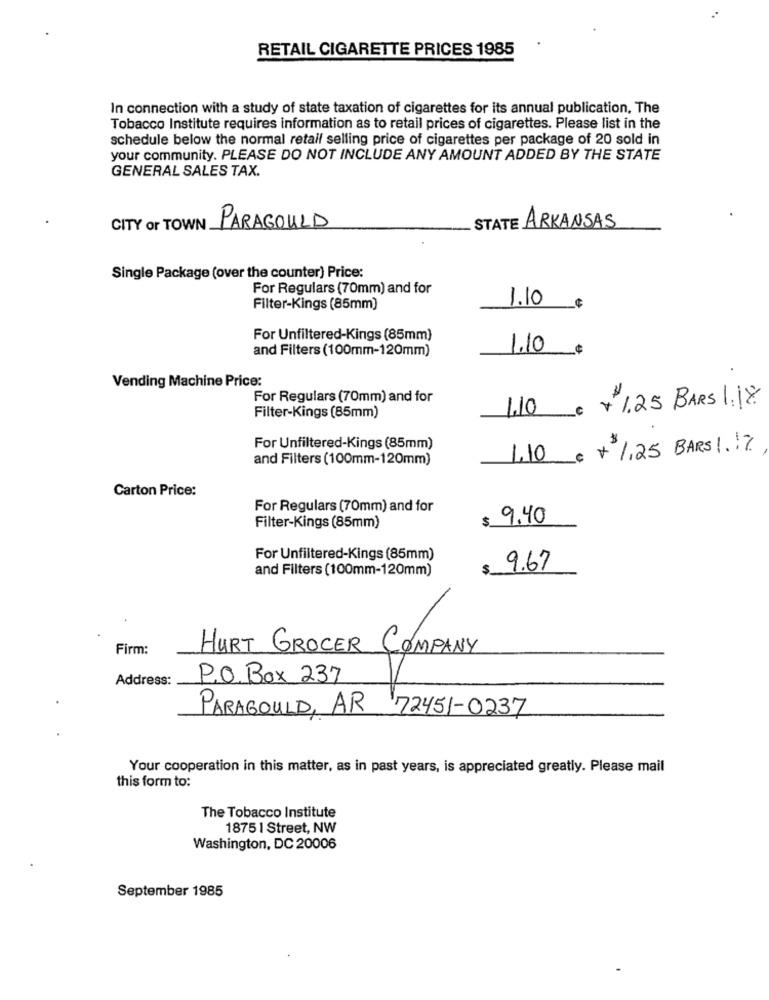
RETAIL CIGARETTE PRICES 1985
In connection with a study of state taxation of cigarettes for its annual publication, The
Tobacco Institute requires information as to retail prices of cigarettes. Please list in the
schedule below the normal retail selling price of cigarettes per package of 20 sold in
your community. PLEASE DO NOT INCLUDE ANY AMOUNT ADDED BY THE STATE
GENERAL SALES TAX.
CITY or TOWN PARAGOULD
STATE ARKANSAS
Single Package (over the counter) Price:
For Regulars (70mm) and for
1.10
Filter-Kings (85mm)
For Unfiltered-Kings (85mm)
and Filters (100mm-120mm)
1.10
Vending Machine Price:
For Regulars (70mm) and for
1,10
€ + 1.25 BARS 1.18
Filter-Kings (85mm)
For Unfiltered-Kings (85mm)
and Filters (100mm-120mm)
1,10
+ 1 ,25 BARS ! ! ?
Carton Price:
For Regulars (70mm) and for
$
: 9.40
Filter-Kings (85mm)
For Unfiltered-Kings (85mm)
and Filters (100mm-120mm)
9.67
Firm:
HURT GROCER COMPANY
Address:
P.O. Box 237
PARAGOULD, AR 72451-0237
Your cooperation in this matter, as in past years, is appreciated greatly. Please mail
this form to:
The Tobacco Institute
1875 1 Street, NW
Washington, DC 20006
September 1985